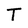
Character: T